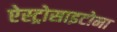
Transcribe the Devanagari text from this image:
ऐस्ट्रोसाइटोमा